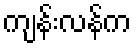
ကျန်းလန်က